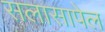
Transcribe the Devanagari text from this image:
सलासापेल